Annual administration report of the Civil Veterinary Department, Ajmere-Merwara, British Rajputana - 1914-1940
Year: 1914
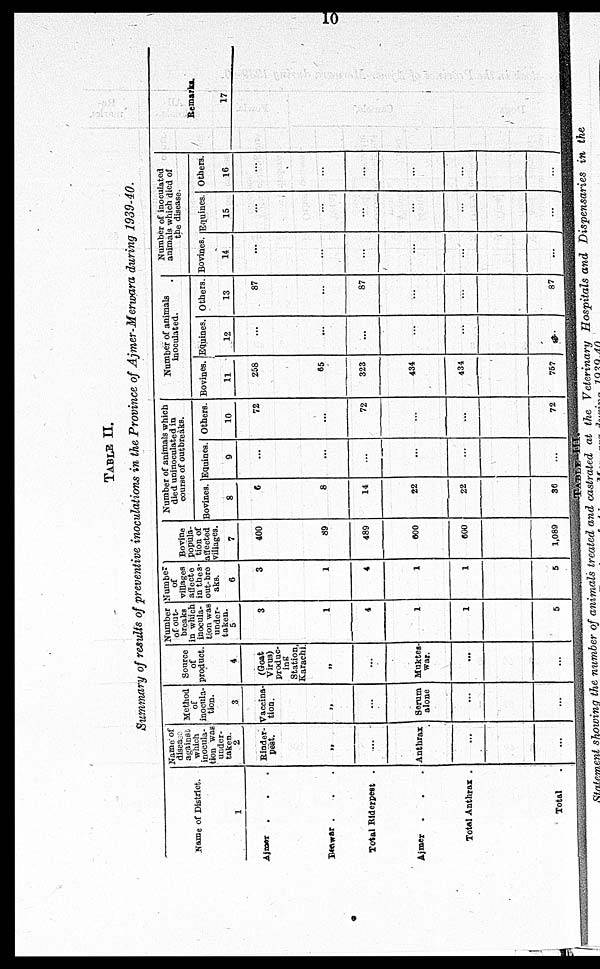
10
TABLE II.
Summary of results of preventive inoculations in the Province of Ajmer-Merwara during 1939-40.
Name of District.
1
Ajmer . . .
Bewar . . .
Total Riderpest .
Ajmer . . .
Total Anthrax .
Total
Name of
diseas
against
which
inocula-
tion was
under-
2
Rinder-
pest.
„
...
Anthrax
...
...
Method
or
inocula-
tion.
3
Vaccina-
tion.
„
...
Serum
alone
...
...
Source
of
product.
4
(Goat
Virus)
produc-
ing
Station,
Karachi.
„
...
Muktes-
war.
...
...
Number
of out-
breaks
in which
inocula-
tion was
under-
taken.
5
3
1
4
1
1
5
Number
of
villages
affecte
in thes-
out-bre
aks.
6
3
1
4
1
1
5
Bovine
popula-
tion of
affected
villages.
7
400
89
489
800
600
1,089
Number of animals which
died uninoculated in
course of outbreaks.
Bovines.
8
6
8
14
22
22
36
Equines.
9
...
...
...
...
...
...
Others.
10
72
...
72
...
...
72
Number of animals
inoculated.
Bovines.
11
258
65
323
434
434
757
Equines.
12
...
...
...
...
...
Others.
13
87
...
87
...
...
87
Number of inoculated
animals which died of
the disease.
Bovines.
14
...
...
...
...
...
...
Equines.
15
...
...
...
...
...
...
Others.
16
...
...
...
...
...
...
Remarks.
17